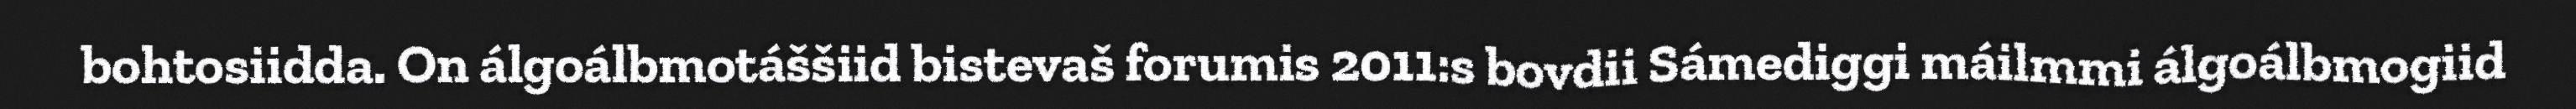
bohtosiidda. On álgoálbmotáššiid bistevaš forumis 2011:s bovdii Sámediggi máilmmi álgoálbmogiid